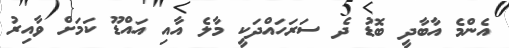
އެންމެ އާބާދީ ބޮޑު ދެ ސަރަހައްދަކީ މާލެ އާއި އައްޑޫ ކަމަށް ވާއިރު